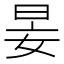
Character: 𡜑